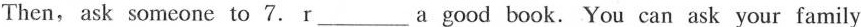
Then, ask someone to 7. r___ a good book. You can ask your family